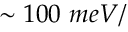
\sim 1 0 0 \ m e V / \